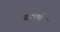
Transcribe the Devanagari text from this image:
दडपणे